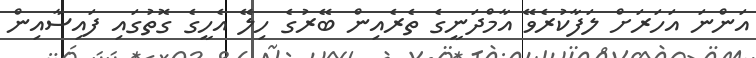
އަންނަ އަހަރަށް ލަފާކުރެވޭ އާމްދަނީގެ ތެރެއިން ބޭރުގެ ހިލޭ އެހީގެ ގޮތުގައި ފައިސާއިން